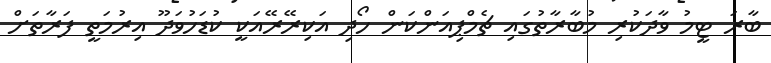
ބާރަ ޓީމު ވާދަކުރި މުބާރާތުގައި ޗެމްޕިއަންކަން ހޯދި އަކިރޭރޭއަކީ ކުޑަހުވަދޫ އިރުމަތީ ފަރާތަށް